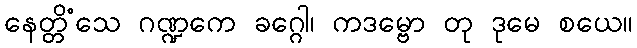
နေတ္တိံသေ ဂဏ္ဍကေ ခဂ္ဂေါ၊ ကဒမ္ဗော တု ဒုမေ စယေ။